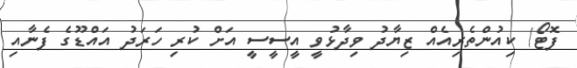
ފޮޓޯ/ ކިއުންތެރިއެއް ޒިޔާދު ވިދާޅުވީ އީސީސީ އަށް ކުރި ހަރަދު އައްޑޫގެ ފެނާއި